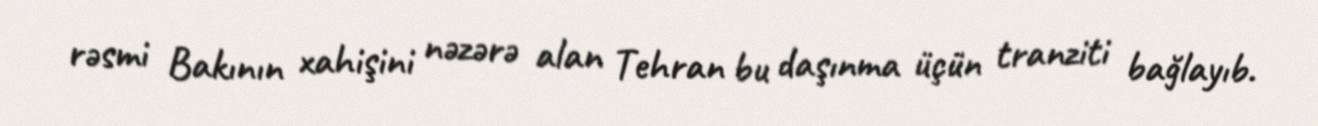
rəsmi Bakının xahişini nəzərə alan Tehran bu daşınma üçün tranziti bağlayıb.